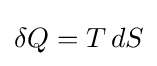
\delta Q=T\,dS